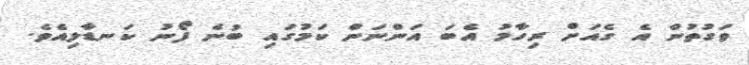
ވަގުތުން އެ ގެއަށް ރިހާމު އެބަ އަންނަން ކަމުގައި ބުނެ ފޯނު ކަނޑާލިއެވެ.